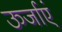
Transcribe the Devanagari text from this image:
ऊर्जाएं